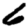
Digit: 6